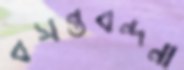
বসন্তবন্দনা